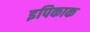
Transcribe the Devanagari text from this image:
इपिकाक